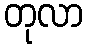
တုလာ